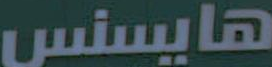
هايسنس